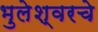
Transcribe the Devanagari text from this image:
भुलेश्वरचे